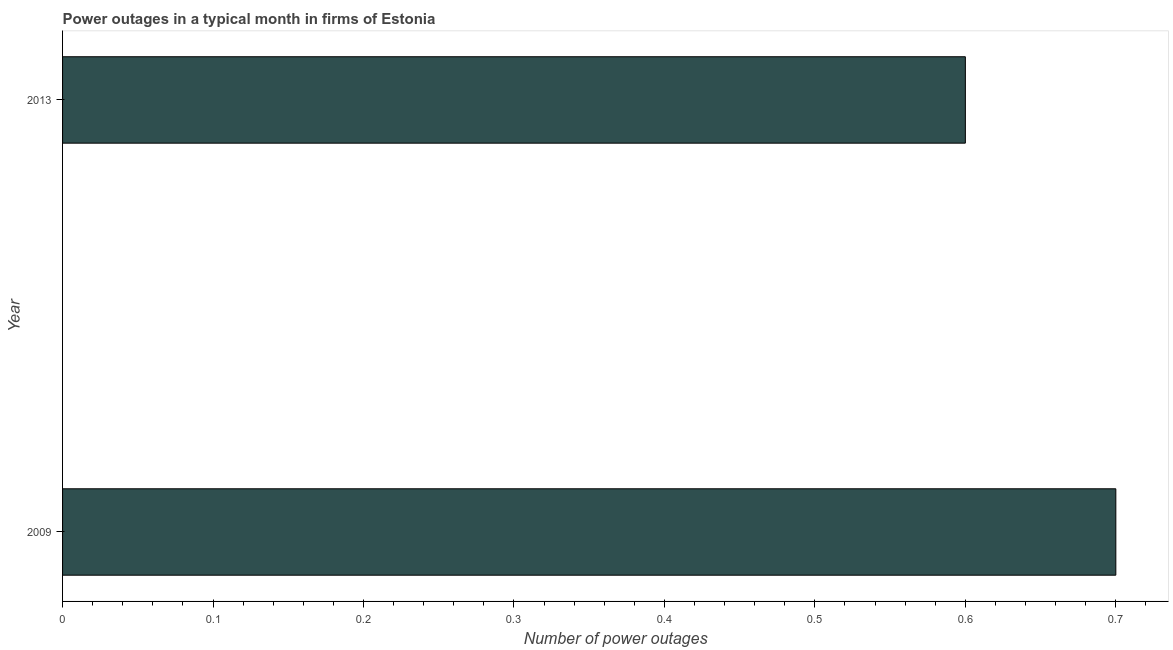
| Year | Power outages |
 | --- | --- |
 | 2009 | 0.7 |
 | 2013 | 0.6 |